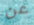
عن